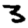
Digit: 3